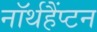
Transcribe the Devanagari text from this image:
नॉर्थहैंप्टन